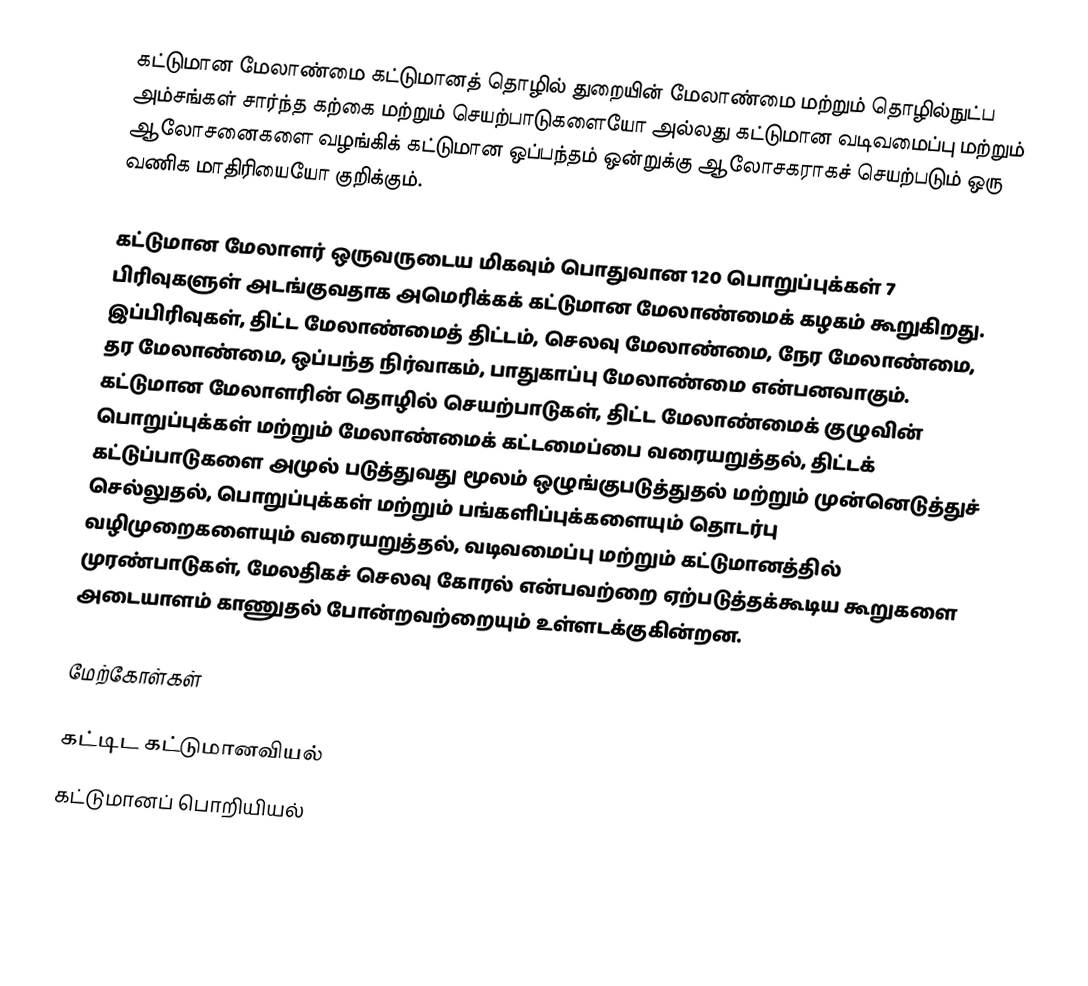
கட்டுமான மேலாண்மை கட்டுமானத் தொழில் துறையின் மேலாண்மை மற்றும் தொழில்நுட்ப அம்சங்கள் சார்ந்த கற்கை மற்றும் செயற்பாடுகளையோ அல்லது கட்டுமான வடிவமைப்பு மற்றும் ஆலோசனைகளை வழங்கிக் கட்டுமான ஒப்பந்தம் ஒன்றுக்கு ஆலோசகராகச் செயற்படும் ஒரு வணிக மாதிரியையோ குறிக்கும்.

கட்டுமான மேலாளர் ஒருவருடைய மிகவும் பொதுவான 120 பொறுப்புக்கள் 7 பிரிவுகளுள் அடங்குவதாக அமெரிக்கக் கட்டுமான மேலாண்மைக் கழகம் கூறுகிறது. இப்பிரிவுகள், திட்ட மேலாண்மைத் திட்டம், செலவு மேலாண்மை, நேர மேலாண்மை, தர மேலாண்மை, ஒப்பந்த நிர்வாகம், பாதுகாப்பு மேலாண்மை என்பனவாகும். கட்டுமான மேலாளரின் தொழில் செயற்பாடுகள், திட்ட மேலாண்மைக் குழுவின் பொறுப்புக்கள் மற்றும் மேலாண்மைக் கட்டமைப்பை வரையறுத்தல், திட்டக் கட்டுப்பாடுகளை அமுல் படுத்துவது மூலம் ஒழுங்குபடுத்துதல் மற்றும் முன்னெடுத்துச் செல்லுதல், பொறுப்புக்கள் மற்றும் பங்களிப்புக்களையும் தொடர்பு வழிமுறைகளையும் வரையறுத்தல், வடிவமைப்பு மற்றும் கட்டுமானத்தில் முரண்பாடுகள், மேலதிகச் செலவு கோரல் என்பவற்றை ஏற்படுத்தக்கூடிய கூறுகளை அடையாளம் காணுதல் போன்றவற்றையும் உள்ளடக்குகின்றன.

மேற்கோள்கள்

கட்டிட கட்டுமானவியல்
கட்டுமானப் பொறியியல்